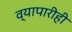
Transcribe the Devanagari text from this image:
व्यापारीही